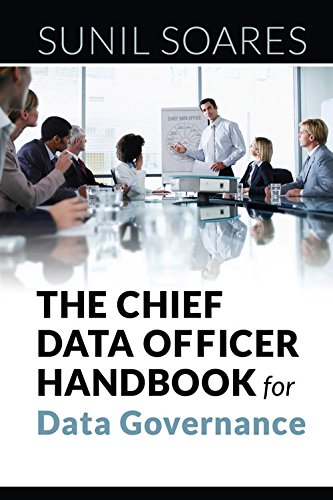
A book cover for The Chief Data Officer Handbook for Data Governance; Sunil Soares; Computers & Technology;